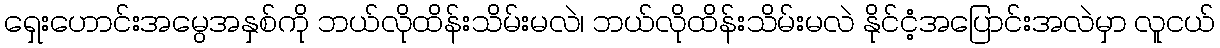
ရှေးဟောင်းအမွေအနှစ်ကို ဘယ်လိုထိန်းသိမ်းမလဲ၊ ဘယ်လိုထိန်းသိမ်းမလဲ နိုင်ငံ့အပြောင်းအလဲမှာ လူငယ်